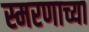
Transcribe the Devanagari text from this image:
स्मरणाच्या